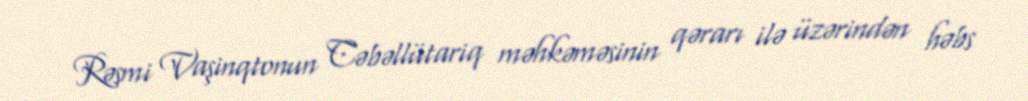
Rəsmi Vaşinqtonun Cəbəllütariq məhkəməsinin qərarı ilə üzərindən həbs